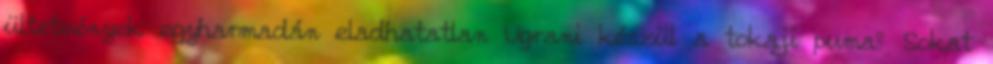
ültetvények egyharmadán eladhatatlan Ugrani készül a tokaji puma? Sokat